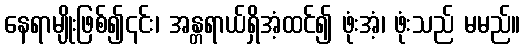
နေရာမျိုးဖြစ်၍၎င်း၊ အန္တရာယ်ရှိအံ့ထင်၍ ဖုံးအံ့၊ ဖုံးသည် မမည်။